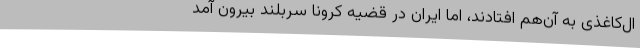
ال‌کاغذی به آن‌هم افتادند، اما ایران در قضیه کرونا سربلند بیرون آمد